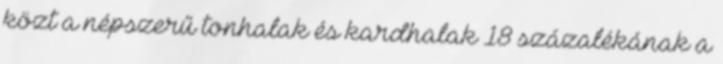
közt a népszerű tonhalak és kardhalak 18 százalékának a